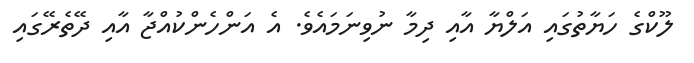
ލޫކްގެ ހަޔާތުގައި އަލްޔާ އާއި ދިމާ ނުވިނަމައެވެ. އެ އަންހެންކުއްޖާ އާއި ދޭތެރޭގައި